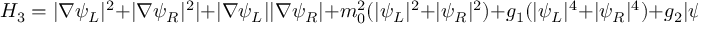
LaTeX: { \cal H } _ { 3 } = | \nabla \psi _ { L } | ^ { 2 } + | \nabla \psi _ { R } | ^ { 2 } | + | \nabla \psi _ { L } | | \nabla \psi _ { R } | + m _ { 0 } ^ { 2 } ( | \psi _ { L } | ^ { 2 } + | \psi _ { R } | ^ { 2 } ) + g _ { 1 } ( | \psi _ { L } | ^ { 4 } + | \psi _ { R } | ^ { 4 } ) + g _ { 2 } | \psi _ { L } | ^ { 2 } | \psi _ { R } | ^ { 2 } \, ,